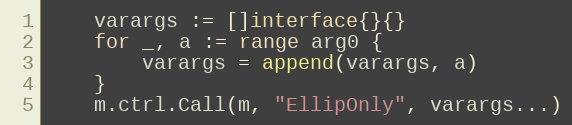
Language: Go
	varargs := []interface{}{}
	for _, a := range arg0 {
		varargs = append(varargs, a)
	}
	m.ctrl.Call(m, "EllipOnly", varargs...)